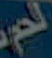
لحم